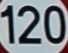
120